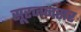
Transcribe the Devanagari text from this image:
सूरजनसर